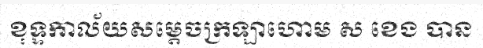
ខុទ្ទកាល័យសម្តេចក្រឡាហោម ស ខេង បាន